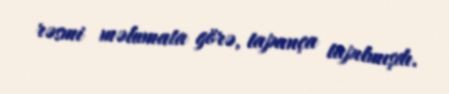
rəsmi məlumata görə, tapança tapılmışdı.